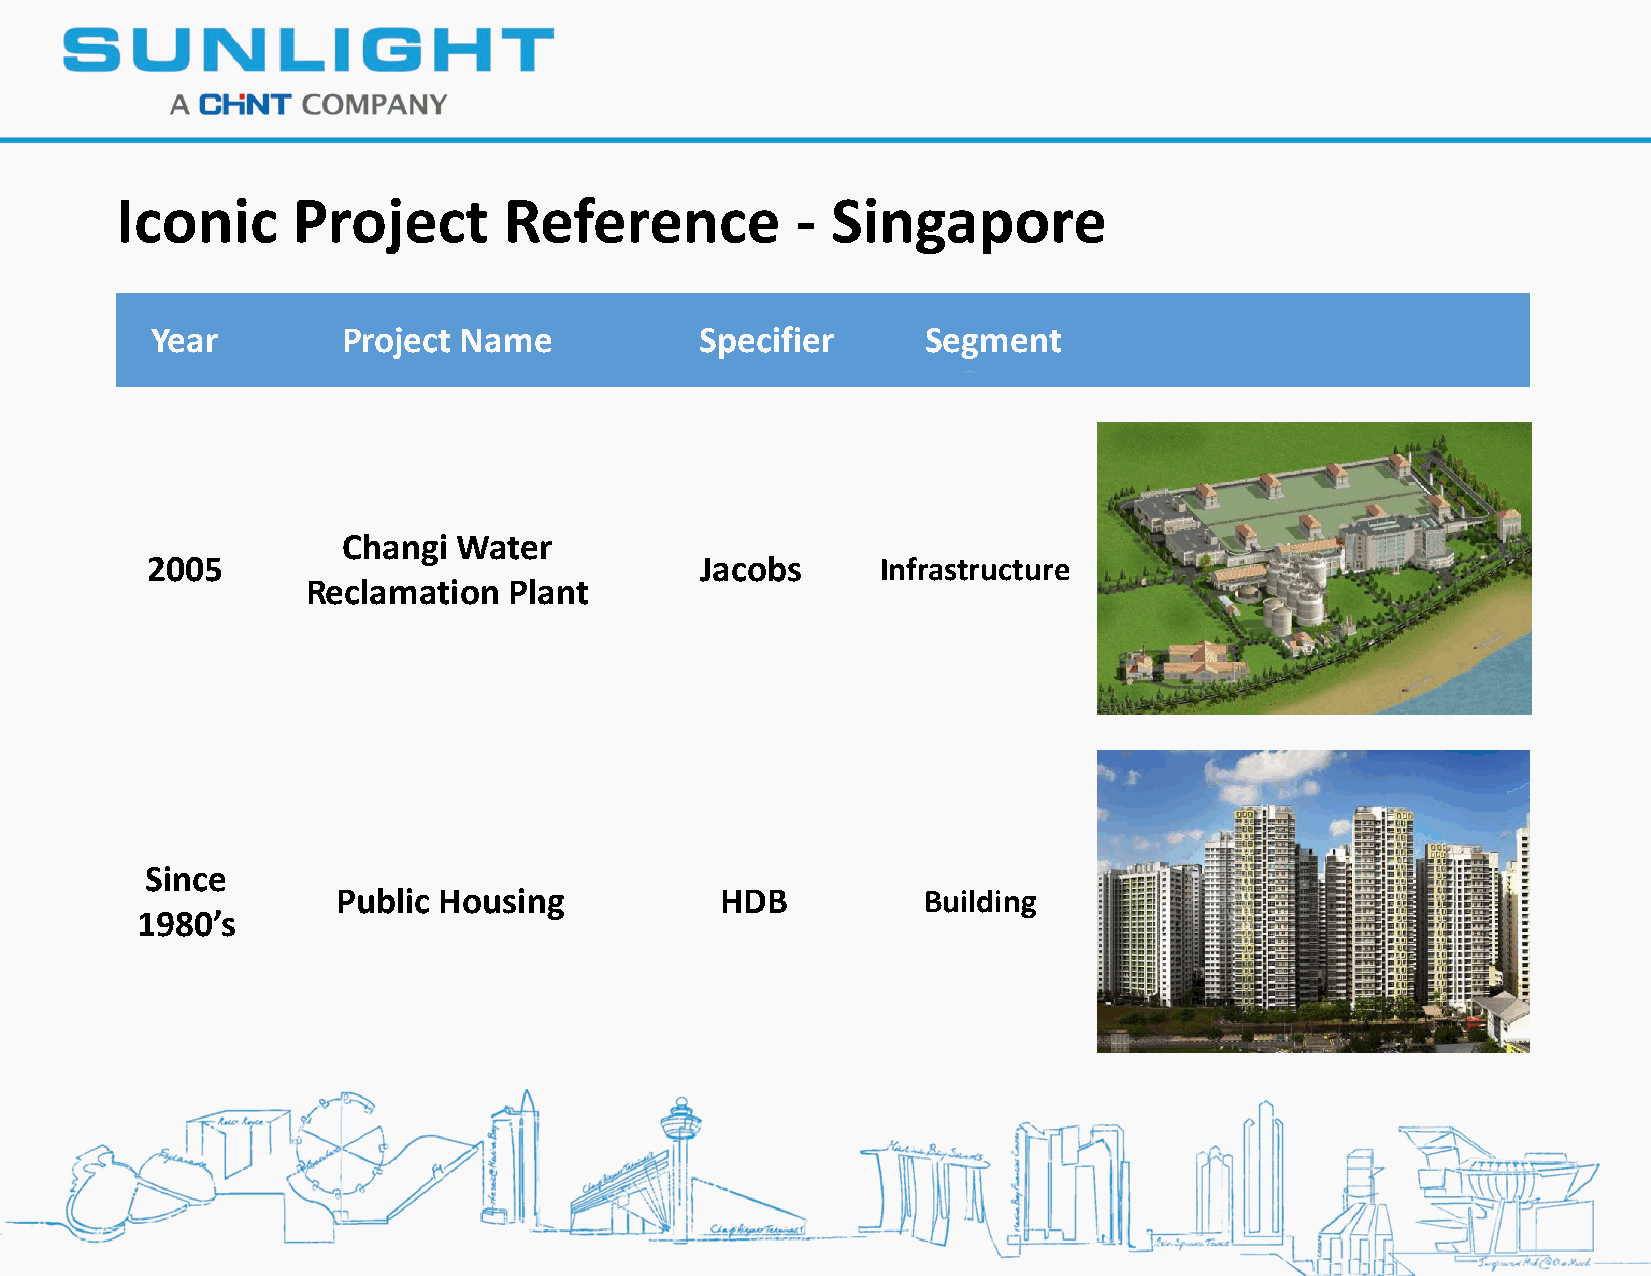
Iconic     Project       Reference           - Singapore
 Year         Project Name           Specifier      Segment
 Changi Water
 2005                                Jacobs      Infrastructure
 Reclamation   Plant
 Since
 Public Housing            HDB          Building
 1980’s